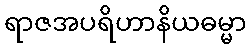
ရာဇအပရိဟာနိယဓမ္မာ